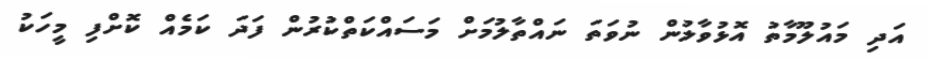
އަދި މައުލޫމާތު އޮޅުވާލުން ނުވަތަ ނައްތާލުމަށް މަސައްކަތްކުރުން ފަދަ ކަމެއް ކޮށްފި މީހަކު